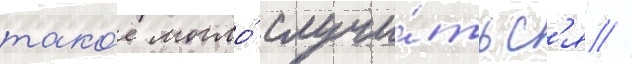
тако́е могло́ случи́тьс'я //